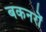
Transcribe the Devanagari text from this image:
बकनरों